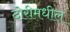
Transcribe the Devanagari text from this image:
दोरीमधील